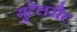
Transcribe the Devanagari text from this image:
युटेलसैट